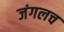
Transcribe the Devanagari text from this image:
जंगलच